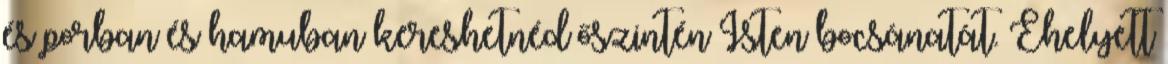
és porban és hamuban kereshetnéd őszintén Isten bocsánatát. Ehelyett